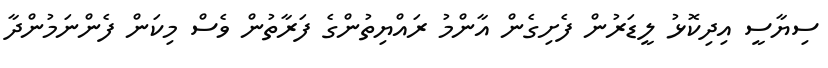
ސިޔާސީ އިދިކޮޅު ލީޑަރުން ފެށިގެން އާންމު ރައްޔިތުންގެ ފަރާތުން ވެސް މިކަން ފެންނަމުންދާ